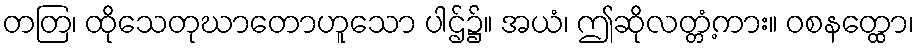
တတြ၊ ထိုသေတုဃာတောဟူသော ပါဌ်၌။ အယံ၊ ဤဆိုလတ္တံ့ကား။ ဝစနတ္ထော၊